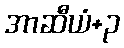
အာဆီယံ+၃